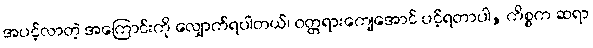
အပင့်လာတဲ့ အကြောင်းကို လျှောက်ရပါတယ်၊ ဝတ္တရားကျေအောင် ပင့်ရတာပါ, ကိစ္စက ဆရာ